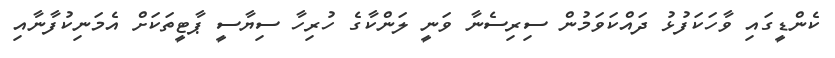
ކެންޑީގައި ވާހަކަފުޅު ދައްކަވަމުން ސިރިސެނާ ވަނީ ލަންކާގެ ހުރިހާ ސިޔާސީ ޕާޓީތަކަށް އެމަނިކުފާނާއި